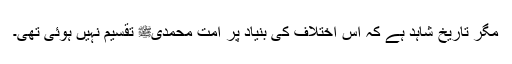
مگر تاریخ شاہد ہے کہ اس اختلاف کی بنیاد پر اُمتِ محمدیﷺ تقسیم نہیں ہوئی تھی۔